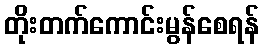
တိုးတက်ကောင်းမွန်စေရန်